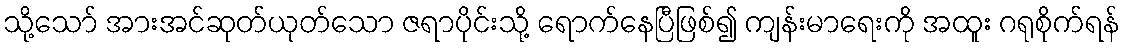
သို့သော် အားအင်ဆုတ်ယုတ်သော ဇရာပိုင်းသို့ ရောက်နေပြီဖြစ်၍ ကျန်းမာရေးကို အထူး ဂရုစိုက်ရန်